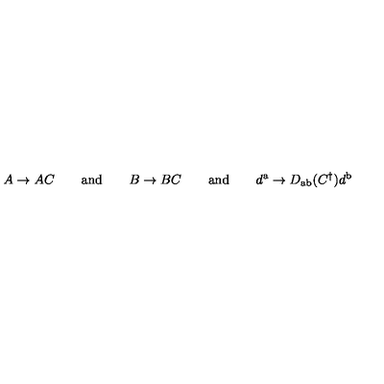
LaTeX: A \rightarrow A C \qquad { \mathrm { a n d } } \qquad B \rightarrow B C \qquad { \mathrm { a n d } } \qquad d ^ { \mathrm { a } } \rightarrow D _ { \mathrm { a b } } ( C ^ { \dagger } ) d ^ { \mathrm { b } }